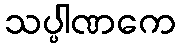
သပ္ပါဏကေ